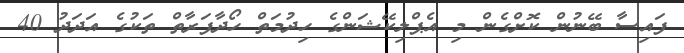
ފައިސާ ބޭނުން ކޮށްގެން މި އެޕްލިކޭޝަންގެ ހިދުމަތް ހޯދާފަރާތް ތަކުގެ އަދަދު 40